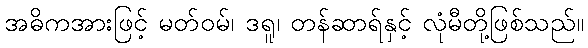
အဓိကအားဖြင့် မတ်ဝမ်၊ ဒရူ၊ တန်ဆာရ်နှင့် လုံမီတို့ဖြစ်သည်။